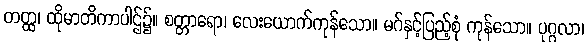
တတ္ထ၊ ထိုမာတိကာပါဌ်၌။ စတ္တာရော၊ လေးယောက်ကုန်သော။ မဂ်နှင့်ပြည့်စုံ ကုန်သော။ ပုဂ္ဂလာ၊